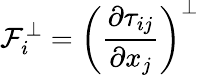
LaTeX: \mathcal{F}_{i}^{\bot}=\left(\frac{\partial\tau_{ij}}{\partial x_{j}}\right)^{\bot}